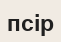
псір